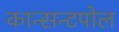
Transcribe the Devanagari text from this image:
कान्सन्टपोल